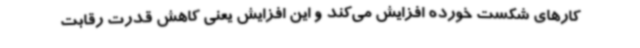
کارهای شکست خورده افزایش می‌کند و این افزایش یعنی کاهش قدرت رقابت